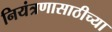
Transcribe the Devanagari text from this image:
नियंत्रणासाठीच्या